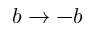
b \rightarrow - b